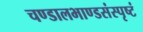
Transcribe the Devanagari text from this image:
चण्डालभाण्डसंस्पृष्टं